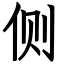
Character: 侧